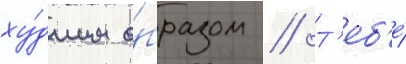
ху́дшим о́бразом // Т'еб'е́